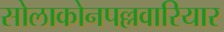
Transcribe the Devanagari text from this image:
सोलाकोनपल्लवारियार